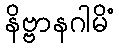
နိဗ္ဗာနဂါမိံ